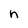
Character: n